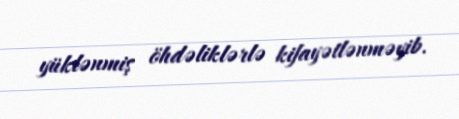
yüklənmiş öhdəliklərlə kifayətlənməyib.